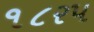
૧૮રપ